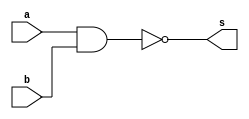
//-----------------------------
// Nome: Silvino Henrique Santos de Souza	
// Matrcula: 412773
//-----------------------------



//-----------------------------
//------ GUIA 02 - 01----------
//-----------------------------


module nandgate (s, a, b);
	
	output s;
	input  a, b;
	
	assign s = ~(a & b);
	
endmodule // fim nandgate


module testorgate ;

	reg  a ,b;
	wire s, s1, s2;
	                          // SE POSSIVEL, DEFINIR EM OUTRO MODULO
	nandgate NAND1 (s1 ,a ,a);
	nandgate NAND2 (s2, b ,b);
	nandgate NAND3 (s , s1,s2);
	
	
	initial begin 
	
		$display("\n Guia 02_01 - Silvino Henrique Santos de Souza - 412773 ");
		$display("\n Tabela - Verdade da Porta OR, usando NAND");
		$display("\n a | b = s\n");
	
	#1	a = 0; b = 0;
	$monitor(" %b | %b = %b", a, b, s);
	#1	a = 0; b = 1;
	#1	a = 1; b = 0;
	#1	a = 1; b = 1;
		
	end

endmodule // fim testorgate

/*Teste:
Guia 02_01 - Silvino Henrique Santos de Souza - 412773 
    
     Tabela - Verdade da Porta OR, usando NAND
    
     a | b = s
    
     0 | 0 = 0
     0 | 1 = 1
     1 | 0 = 1
     1 | 1 = 1*/